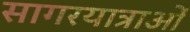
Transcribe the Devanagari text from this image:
सागरयात्राओं